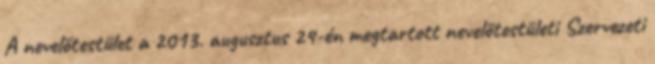
A nevelőtestület a 2013. augusztus 24-én megtartott nevelőtestületi Szervezeti